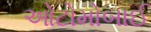
ઓટોમોબાઈ